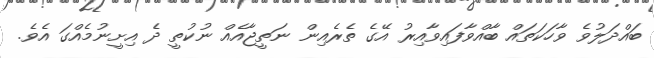
ބައްދަލުވެ ވާހަކަތައް ބާއްވާފައިވާއިރު އޭގެ ތެރެއިން ނަތީޖާއެއް ނުކުތީ ދެ އިށީނުމެއްގަ އެވެ.